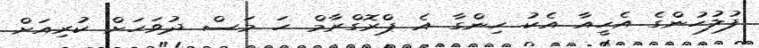
ފުލުހުންގެ އެހީއާ އެކު ހިންގާ އެ ޕްރޮގްރާމް ހަ މަސް ދުވަހަށް ކުރިއަށް